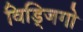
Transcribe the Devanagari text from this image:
विड्जिगो